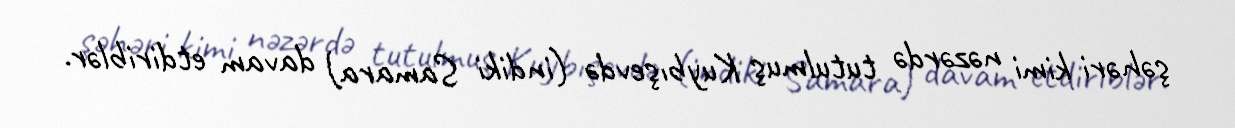
şəhəri kimi nəzərdə tutulmuş Kuybışevdə (indiki Samara) davam etdiriblər.